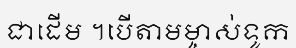
ជាដើម ។បើតាមម្ចាស់ទូក